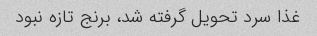
غذا سرد تحویل گرفته شد، برنج تازه نبود